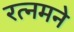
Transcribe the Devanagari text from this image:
रत्नमने